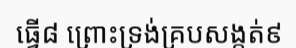
ធ្វើ៨ ព្រោះទ្រង់គ្របសង្កត់៩